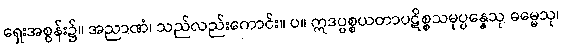
ရှေးအစွန်း၌။ အညာဏံ၊ သည်လည်းကောင်း။ ပ။ ဣဒပ္ပစ္စယတာပဋိစ္စသမုပ္ပန္နေသု ဓမ္မေသု၊